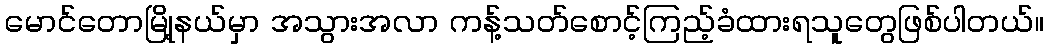
မောင်တောမြို့နယ်မှာ အသွားအလာ ကန့်သတ်စောင့်ကြည့်ခံထားရသူတွေဖြစ်ပါတယ်။